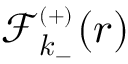
{ \mathcal { F } _ { \boldsymbol { k } _ { - } } ^ { _ { ( + ) } } ( \boldsymbol { r } ) }